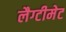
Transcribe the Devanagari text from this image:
लैग्टीमेट